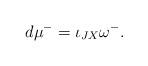
LaTeX: \begin{align*} d\mu^- = \iota_{JX}\omega^-.\end{align*}